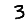
Digit: 3